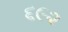
૬૯૨